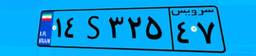
۱۴S۳۲۵۴۷